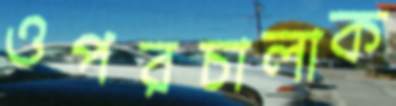
ওপরচালাক